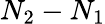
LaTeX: N_{2}-N_{1}